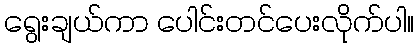
ရွေးချယ်ကာ ပေါင်းတင်ပေးလိုက်ပါ။